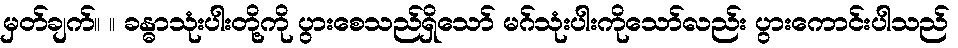
မှတ်ချက်။ ။ ခန္ဓာသုံးပါးတို့ကို ပွားစေသည်ရှိသော် မဂ်သုံးပါးကိုသော်လည်း ပွားကောင်းပါသည်